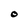
Character: O